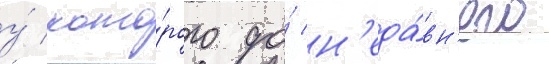
у́ кото́рого до́ н'еда́вн'его